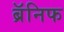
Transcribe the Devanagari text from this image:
ब्रॅनिफ